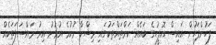
ފަހުންފަހުން އައިސް އޮފީހުގެ ބައެއް ކަންތައްތަކުގައި މިޝްކާ ނުކުމެ އުޅުނު އިރު މައްސަލަތަކެއް